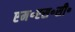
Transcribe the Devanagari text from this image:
एम॰एस॰सी॰